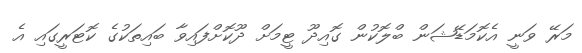
މަރޭ ވަނީ އެކޮމަޑޭޝަން ބްލޮކުން ގޮއިދޫ ޓީމަށް ދޫކޮށްފައިވާ ބައިތަކުގެ ކޮޓަރީގައި އެ